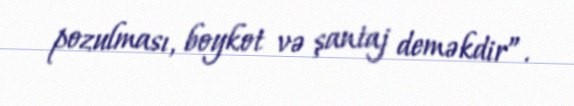
pozulması, boykot və şantaj deməkdir”.